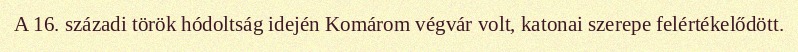
A 16. századi török hódoltság idején Komárom végvár volt, katonai szerepe felértékelődött.